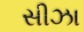
સીઝા